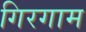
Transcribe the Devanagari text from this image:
गिरगाम